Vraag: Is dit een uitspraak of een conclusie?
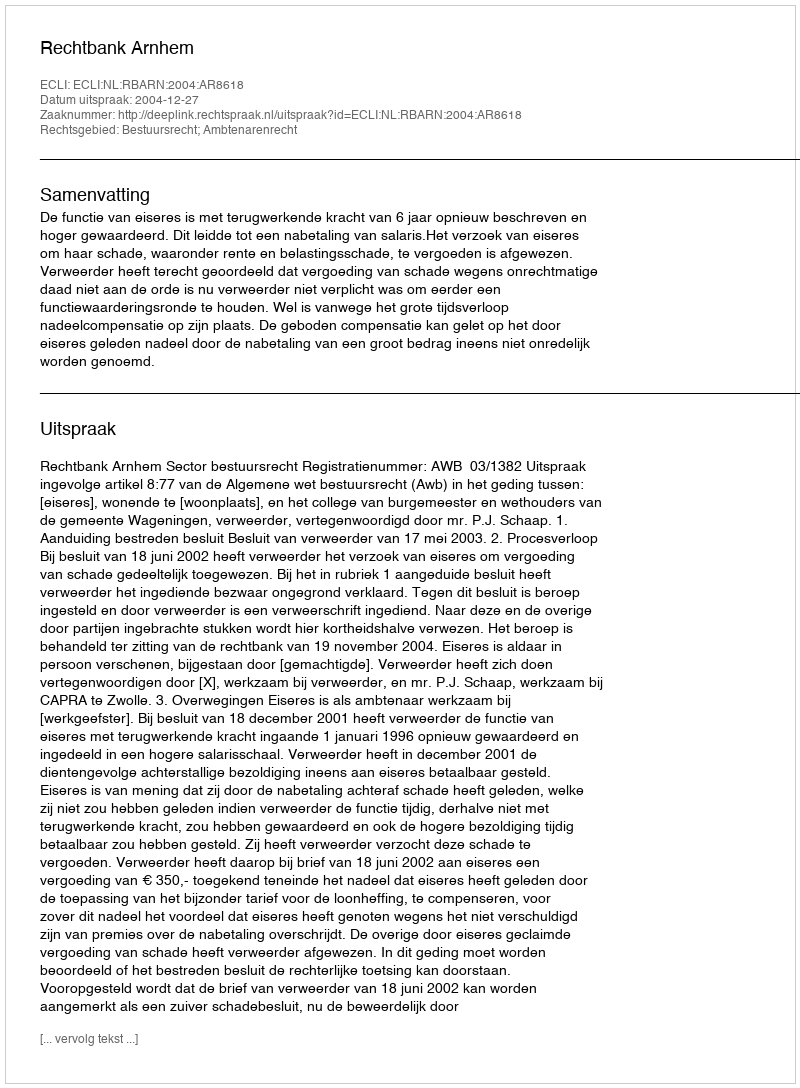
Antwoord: Uitspraak